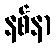
နစ်နာ